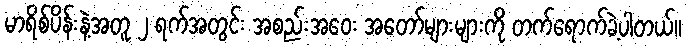
မာရိစ်ပိန်းနဲ့အတူ ၂ ရက်အတွင်း အစည်းအဝေး အတော်များများကို တက်ရောက်ခဲ့ပါတယ်။